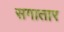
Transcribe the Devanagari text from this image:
सगातार